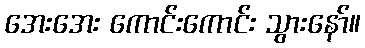
အေးအေး ကောင်းကောင်း သွားနော်။